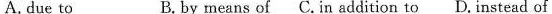
A.due to B. by means of C.In addition to D. Instead of